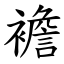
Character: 襜